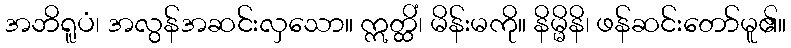
အဘိရူပံ၊ အလွန်အဆင်းလှသော။ ဣတ္ထိံ၊ မိန်းမကို။ နိမ္မိနိ၊ ဖန်ဆင်းတော်မူ၏။